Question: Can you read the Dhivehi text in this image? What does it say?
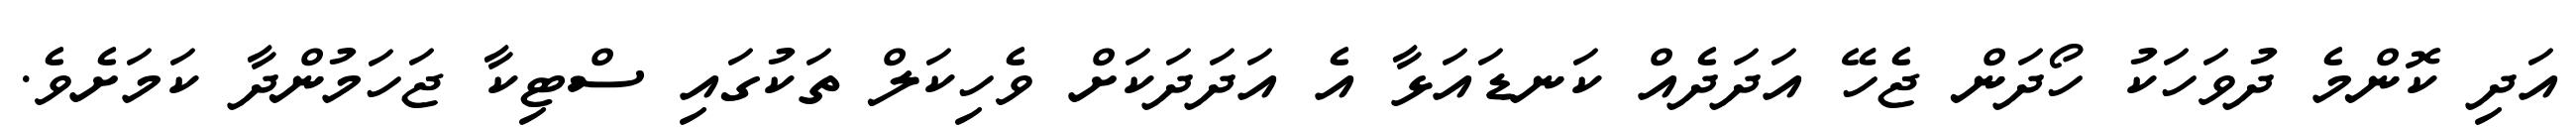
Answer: އަދި ކޮންމެ ދުވަހަކު ހޯދަން ޖެހޭ އަދަދެއް ކަނޑައަޅާ އެ އަދަދަކަށް ވެހިކަލް ތަކުގައި ސްޓިކާ ޖަހަމުންދާ ކަމަށެވެ.